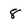
Character: 8